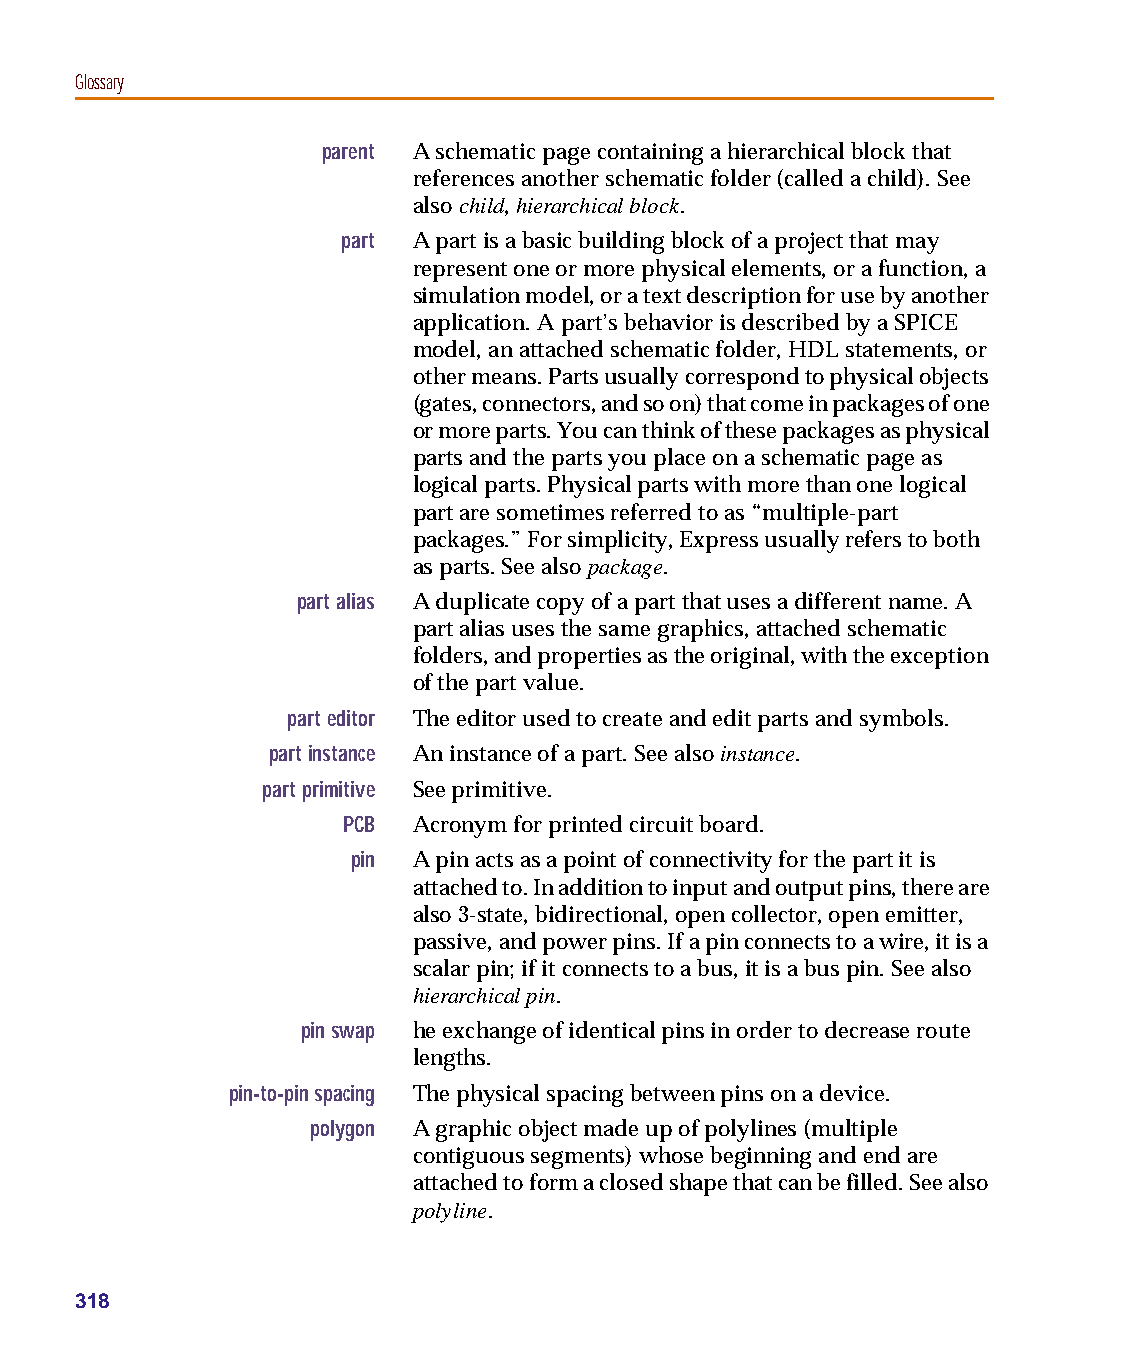
capug.book Page 318 Thursday, November 12, 1998 3:38 PM
 Glossary
 parent A schematic page containing a hierarchical block that
 references another schematic folder (called a child). See
 also child, hierarchical block.
 part A part is a basic building block of a project that may
 represent one or more physical elements, or a function, a
 simulation model, or a text description for use by another
 application. A part’s behavior is described by a SPICE
 model, an attached schematic folder, HDL statements, or
 other means. Parts usually correspond to physical objects
 (gates, connectors, and so on) that come in packages of one
 or more parts. You can think of these packages as physical
 parts and the parts you place on a schematic page as
 logical parts. Physical parts with more than one logical
 part are sometimes referred to as “multiple-part
 packages.” For simplicity, Express usually refers to both
 as parts. See also package.
 part alias A duplicate copy of a part that uses a different name. A
 part alias uses the same graphics, attached schematic
 folders, and properties as the original, with the exception
 of the part value.
 part editor The editor used to create and edit parts and symbols.
 part instance An instance of a part. See also instance.
 part primitive See primitive.
 PCB Acronym for printed circuit board.
 pin A pin acts as a point of connectivity for the part it is
 attached to. In addition to input and output pins, there are
 also 3-state, bidirectional, open collector, open emitter,
 passive, and power pins. If a pin connects to a wire, it is a
 scalar pin; if it connects to a bus, it is a bus pin. See also
 hierarchical pin.
 pin swap he exchange of identical pins in order to decrease route
 lengths.
 pin-to-pin spacing The physical spacing between pins on a device.
 polygon A graphic object made up of polylines (multiple
 contiguous segments) whose beginning and end are
 attached to form a closed shape that can be filled. See also
 polyline.
 318